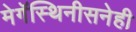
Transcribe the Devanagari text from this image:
मेगॅस्थिनीसनेही